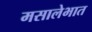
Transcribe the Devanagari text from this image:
मसालेभात